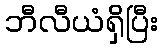
ဘီလီယံရှိပြီး